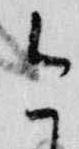
今